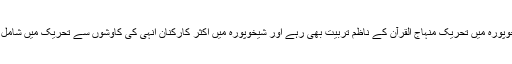
وہ شیخوپورہ میں تحریک منہاج القرآن کے ناظم تربیت بھی رہے اور شیخوپورہ میں اکثر کارکنان انہی کی کاوشوں سے تحریک میں شامل ہوئے۔